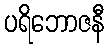
ပရိဘောဇနီ